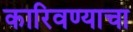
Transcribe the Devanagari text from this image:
कारिवण्याचा